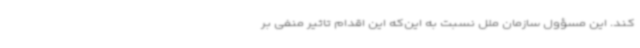
کند. این مسؤول سازمان ملل نسبت به این‌که این اقدام تاثیر منفی بر